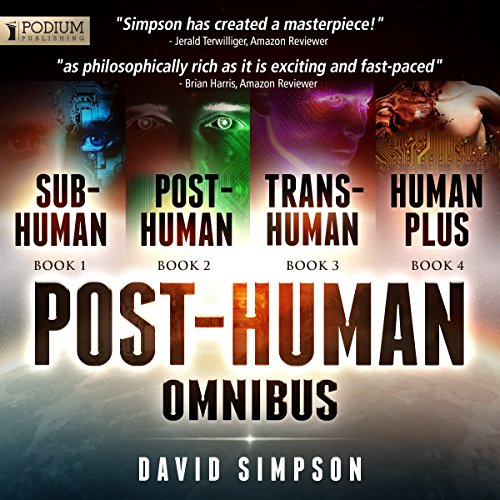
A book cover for The Post-Human Omnibus: Books 1-4; David Simpson; Mystery, Thriller & Suspense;